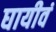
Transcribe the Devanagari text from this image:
घायीवं